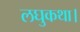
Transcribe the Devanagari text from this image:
लघुकथा।